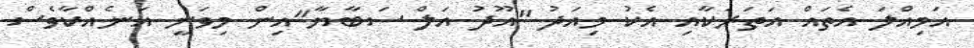
އަމިއްލަ އެތައް އަތަރަކާއި އެކު މިއަދު "އޫދު އަލް ސަބާޔާ"އިން މިވަނީ އަނެއްކާވެސް